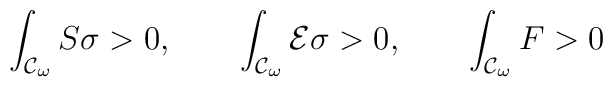
\int_{{\cal{C}}_{\omega}}{S\sigma}>0, \qquad \int_{{\cal{C}}_{\omega}}{{\cal{E}}\sigma}>0, \qquad \int_{{\cal{C}}_{\omega}}{F}>0